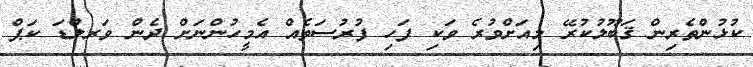
ކުޅުންތެރިން ޤަބޫލުކުރޭ މިއަށްވުރެ ވަކި ފަހި ފުރުސަތެއް އެމީހުންނަށް ދެން ވަރލްޑަ ކަޕް